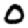
Digit: 0